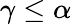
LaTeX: \gamma\leq\alpha